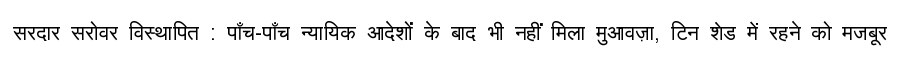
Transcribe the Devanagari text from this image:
सरदार सरोवर विस्थापित : पाँच-पाँच न्यायिक आदेशों के बाद भी नहीं मिला मुआवज़ा, टिन शेड में रहने को मजबूर